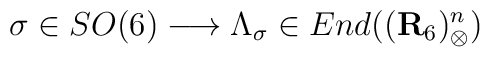
\sigma \in SO(6) \longrightarrow \Lambda_\sigma \in End(({\bf{R}}_{6})^n_\otimes)